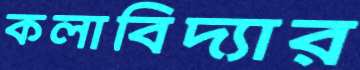
কলাবিদ্যার